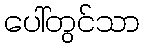
ပေါ်တွင်သာ